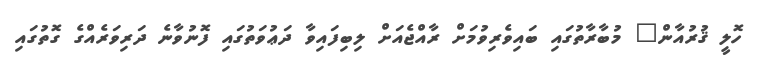
ހޮލީ ޤުރުއާން" މުބާރާތުގައި ބައިވެރިވުމަށް ރާއްޖެއަށް ލިބިފައިވާ ދަޢުވަތުގައި ފޮނުވާނެ ދަރިވަރެއްގެ ގޮތުގައި